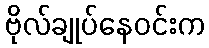
ဗိုလ်ချုပ်နေဝင်းက